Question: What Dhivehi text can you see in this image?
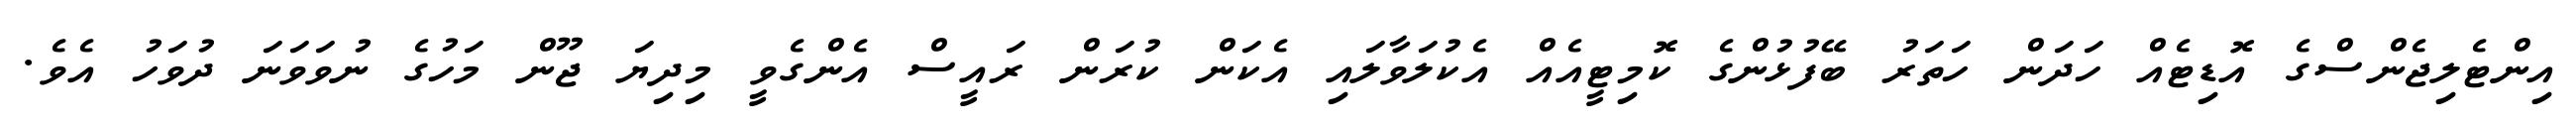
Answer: އިންޓެލިޖެންސްގެ އޮޑިޓެއް ހަދަން ހަތަރު ބޭފުޅުންގެ ކޮމިޓީއެއް އެކުލަވާލައި އެކަން ކުރަން ރައީސް އެންގެވީ މިދިޔަ ޖޫން މަހުގެ ނުވަވަނަ ދުވަހު އެވެ.